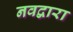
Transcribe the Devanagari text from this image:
नवद्वारा